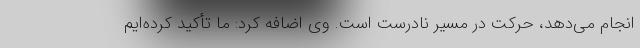
انجام می‌دهد، حرکت در مسیر نادرست است. وی اضافه کرد: ما تأکید کرده‌ایم